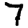
Digit: 7